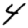
Digit: 4